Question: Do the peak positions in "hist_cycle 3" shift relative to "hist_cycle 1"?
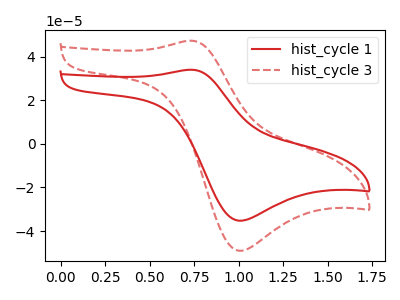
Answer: <think>The red curve "hist_cycle 1" has an anodic peak at (0.75V, 34.00uA) and a cathodic peak at (1.00V, -35.20uA). The red dashed curve "hist_cycle 3" has an anodic peak at (0.75V, 47.30uA) and a cathodic peak at (1.00V, -49.00uA).
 All the peaks in "hist_cycle 3" have a peak in "hist_cycle 1" at the same potential. Every peak in "hist_cycle 3" is higher than every peak in "hist_cycle 1".</think>
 <answer>No, "hist_cycle 3" and "hist_cycle 1" don't appear to be significantly different in shape</answer>
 <eval>no_change</eval>